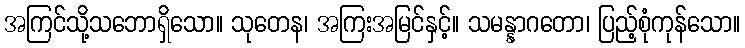
အကြင်သို့သဘောရှိသော။ သုတေန၊ အကြးအမြင်နှင့်။ သမန္နာဂတော၊ ပြည့်စုံကုန်သော။